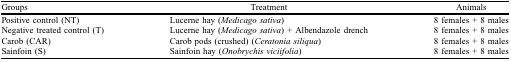
<table><thead><tr><td><b>Groups</b></td><td><b>Treatment</b></td><td><b>Animals</b></td></tr></thead><tbody><tr><td>Positive control (NT)</td><td>Lucerne hay (<i>Medicago sativa</i>)</td><td>8 females + 8 males</td></tr><tr><td>Negative treated control (T)</td><td>Lucerne hay (<i>Medicago sativa</i>) + Albendazole drench</td><td>8 females + 8 males</td></tr><tr><td>Carob (CAR)</td><td>Carob pods (crushed) (<i>Ceratonia siliqua</i>)</td><td>8 females + 8 males</td></tr><tr><td>Sainfoin (S)</td><td>Sainfoin hay (<i>Onobrychis viciifolia</i>)</td><td>8 females + 8 males</td></tr></tbody></table>